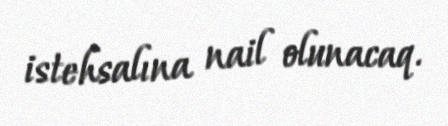
istehsalına nail olunacaq.